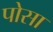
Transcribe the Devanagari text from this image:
पोसा